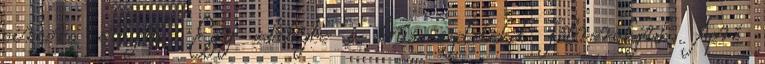
pirosra sütjük. Egy edénybe a hús szeleteket félrerakjuk. Apró